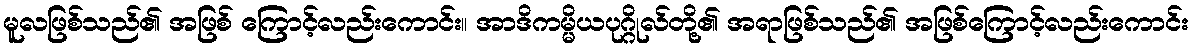
မူလဖြစ်သည်၏ အဖြစ် ကြောင့်လည်းကောင်း။ အာဒိကမ္မိယပုဂ္ဂိုလ်တို့၏ အရာဖြစ်သည်၏ အဖြစ်ကြောင့်လည်းကောင်း